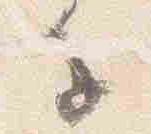
子